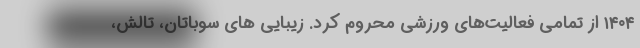
۱۴۰۴ از تمامی فعالیت‌های ورزشی محروم کرد. زیبایی های سوباتان، تالش،